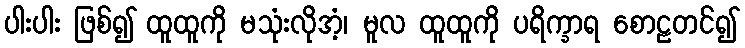
ပါးပါး ဖြစ်၍ ထူထူကို မသုံးလိုအံ့၊ မူလ ထူထူကို ပရိက္ခာရ စောဠတင်၍